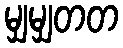
မျှမျှတတ